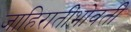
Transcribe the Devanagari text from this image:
जाहिरातींभोवती